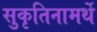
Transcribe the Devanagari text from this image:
सुकृतिनामर्थे